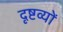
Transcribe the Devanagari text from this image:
दृष्टव्यों